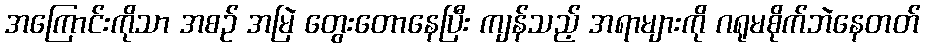
အကြောင်းကိုသာ အစဉ် အမြဲ တွေးတောနေပြီး ကျန်သည့် အရာများကို ဂရုမစိုက်ဘဲနေတတ်